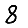
Digit: 8